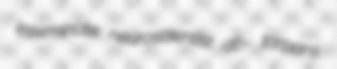
inseminate neuroscientist ab- tarpans